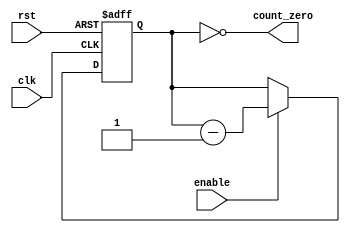
module Binary_Down_Counter (
    input wire clk,
    input wire rst,
    input wire enable,
    
    output reg count_zero
);

reg [3:0] count;

always @(posedge clk or posedge rst) begin
    if (rst)
        count <= 4'b1111; // Initial value
    else if (enable)
        count <= count - 1;
end

assign count_zero = (count == 4'b0000);

endmodule